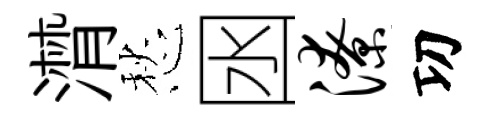
潸愁囦潦㓛